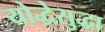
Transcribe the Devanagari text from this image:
योद्धेसुद्धा